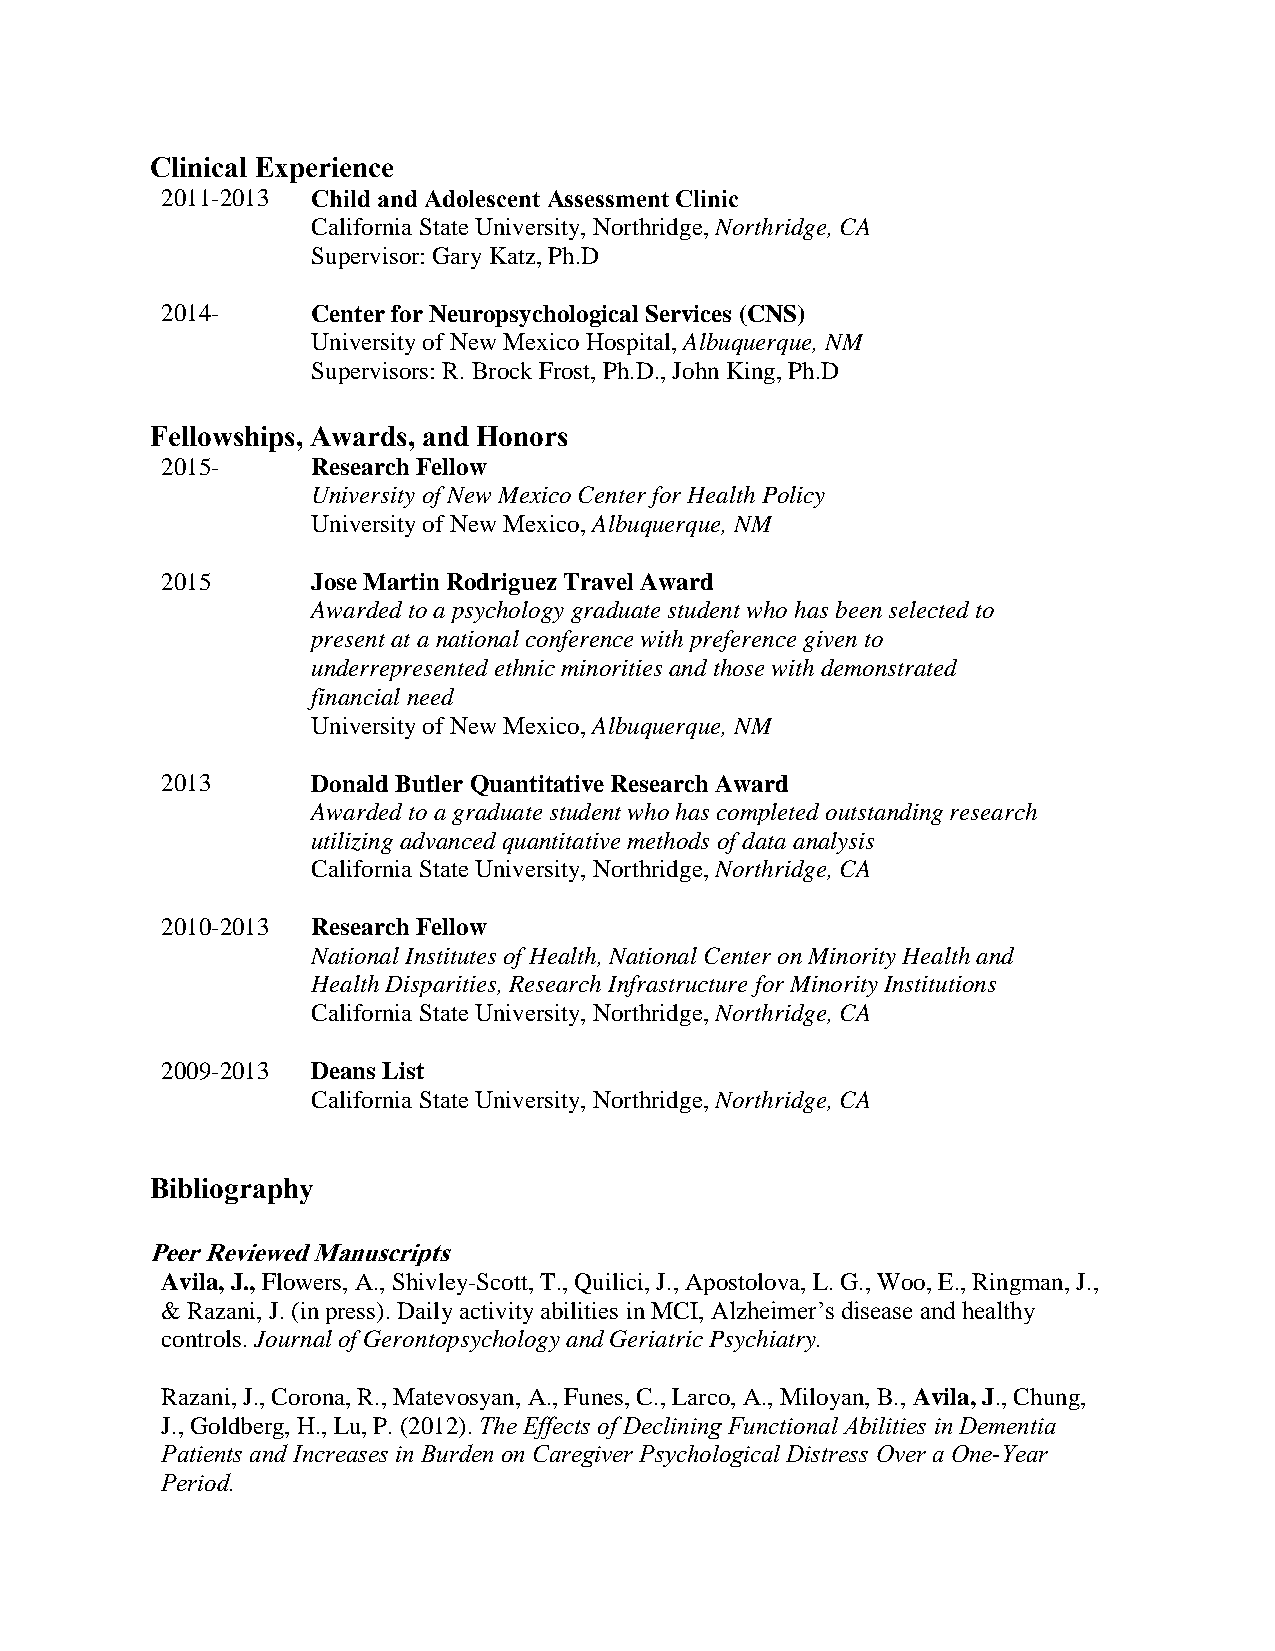
Clinical Experience
 2011-2013 Child and Adolescent Assessment Clinic
 California State University, Northridge, Northridge, CA
 Supervisor: Gary Katz, Ph.D
 2014-     Center for Neuropsychological Services (CNS)
 University of New Mexico Hospital, Albuquerque, NM
 Supervisors: R. Brock Frost, Ph.D., John King, Ph.D
 Fellowships, Awards, and Honors
 2015-     Research Fellow
 University of New Mexico Center for Health Policy
 University of New Mexico, Albuquerque, NM
 2015      Jose Martin Rodriguez Travel Award
 Awarded to a psychology graduate student who has been selected to
 present at a national conference with preference given to
 underrepresented ethnic minorities and those with demonstrated
 financial need
 University of New Mexico, Albuquerque, NM
 2013      Donald Butler Quantitative Research Award
 Awarded to a graduate student who has completed outstanding research
 utilizing advanced quantitative methods of data analysis
 California State University, Northridge, Northridge, CA
 2010-2013 Research Fellow
 National Institutes of Health, National Center on Minority Health and
 Health Disparities, Research Infrastructure for Minority Institutions
 California State University, Northridge, Northridge, CA
 2009-2013 Deans List
 California State University, Northridge, Northridge, CA
 Bibliography
 Peer Reviewed Manuscripts
 Avila, J., Flowers, A., Shivley-Scott, T., Quilici, J., Apostolova, L. G., Woo, E., Ringman, J.,
 & Razani, J. (in press). Daily activity abilities in MCI, Alzheimer’s disease and healthy
 controls. Journal of Gerontopsychology and Geriatric Psychiatry.
 Razani, J., Corona, R., Matevosyan, A., Funes, C., Larco, A., Miloyan, B., Avila, J., Chung,
 J., Goldberg, H., Lu, P. (2012). The Effects of Declining Functional Abilities in Dementia
 Patients and Increases in Burden on Caregiver Psychological Distress Over a One-Year
 Period.